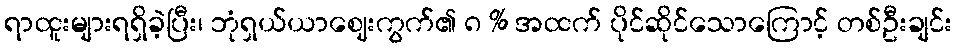
ရာထူးများရရှိခဲ့ပြီး၊ ဘုံရှယ်ယာဈေးကွက်၏ ၈ % အထက် ပိုင်ဆိုင်သောကြောင့် တစ်ဦးချင်း